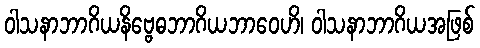
ဝါသနာဘာဂိယနိဗ္ဗေဓဘာဂိယဘာဝေဟိ၊ ဝါသနာဘာဂိယအဖြစ်